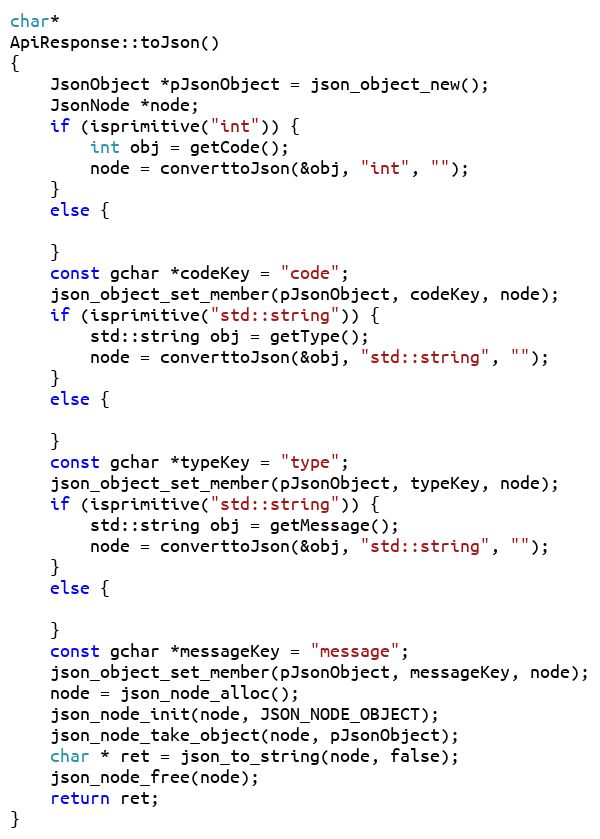
Language: C++
char*
ApiResponse::toJson()
{
	JsonObject *pJsonObject = json_object_new();
	JsonNode *node;
	if (isprimitive("int")) {
		int obj = getCode();
		node = converttoJson(&obj, "int", "");
	}
	else {

	}
	const gchar *codeKey = "code";
	json_object_set_member(pJsonObject, codeKey, node);
	if (isprimitive("std::string")) {
		std::string obj = getType();
		node = converttoJson(&obj, "std::string", "");
	}
	else {

	}
	const gchar *typeKey = "type";
	json_object_set_member(pJsonObject, typeKey, node);
	if (isprimitive("std::string")) {
		std::string obj = getMessage();
		node = converttoJson(&obj, "std::string", "");
	}
	else {

	}
	const gchar *messageKey = "message";
	json_object_set_member(pJsonObject, messageKey, node);
	node = json_node_alloc();
	json_node_init(node, JSON_NODE_OBJECT);
	json_node_take_object(node, pJsonObject);
	char * ret = json_to_string(node, false);
	json_node_free(node);
	return ret;
}